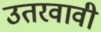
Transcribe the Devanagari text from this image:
उतरवावी